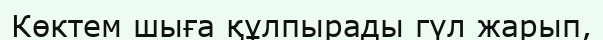
Көктем шыға құлпырады гүл жарып,